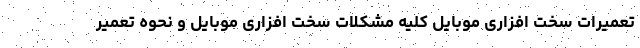
تعمیرات سخت افزاری موبایل کلیه مشکلات سخت افزاری موبایل و نحوه تعمیر